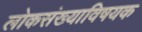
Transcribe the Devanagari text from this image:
लोकसंख्याविषयक